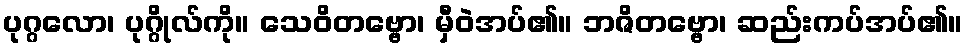
ပုဂ္ဂလော၊ ပုဂ္ဂိုလ်ကို။ သေဝိတဗ္ဗော၊ မှီဝဲအပ်၏။ ဘဇိတဗ္ဗော၊ ဆည်းကပ်အပ်၏။